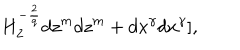
H _ { 2 } ^ { - \frac { 2 } { q } } d z ^ { m } d z ^ { m } + d x ^ { \gamma } d x ^ { \gamma } ] ,